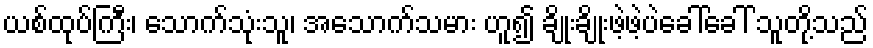
ယစ်ထုပ်ကြီး၊ သောက်သုံးသူ၊ အသောက်သမား ဟူ၍ ချိုးချိုးဖဲ့ဖဲ့ပဲခေါ်ခေါ် သူတို့သည်